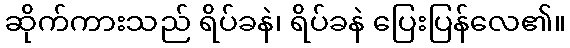
ဆိုက်ကားသည် ရိပ်ခနဲ၊ ရိပ်ခနဲ ပြေးပြန်လေ၏။